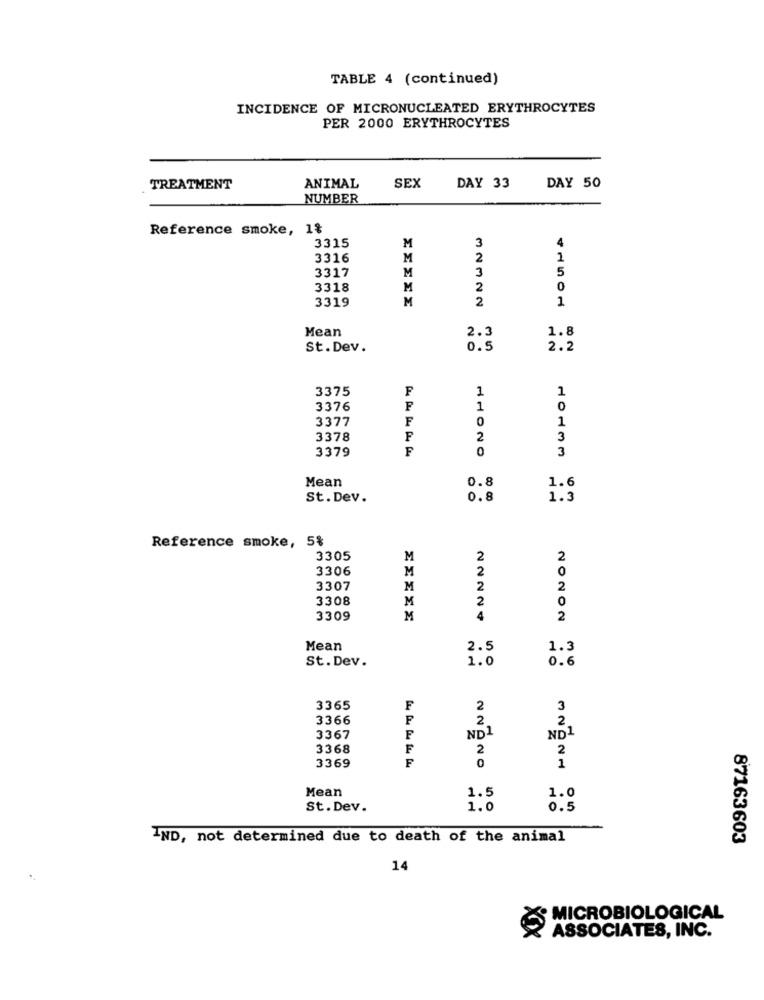
TABLE 4 (continued)
INCIDENCE OF MICRONUCLEATED ERYTHROCYTES
PER 2000 ERYTHROCYTES
TREATMENT
ANIMAL
SEX
DAY 33
DAY 50
NUMBER
Reference smoke, 1%
3315
4
M
3
3316
M
2
1
3
5
3317
M
3318
M
2
0
3319
M
2
1
Mean
2.3
1.8
St. Dev.
0.5
2.2
3375
1
3376
1
0
3377
F
0
1
3378
F
2
3
3379
F
0
3
Mean
0.8
1.6
St. Dev.
0.8
1.3
Reference smoke, 5%
3305
M
2
2
3306
2
0
M
3307
M
2
2
3308
2
0
3309
M
4
2
Mean
2.5
1.3
St. Dev.
1.0
0.6
3365
F
2
3
3366
2
2
ND1
ND1
3367
F
3368
F
2
3369
F
20
1
Mean
1.5
1.0
St. Dev.
1.0
0.5
IND, not determined due to death of the animal
87163603
14
MICROBIOLOGICAL
ASSOCIATES, INC.